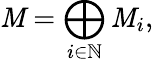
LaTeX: \mathit{M}=\bigoplus_{i\in\mathbb{{N}}}\mathit{M}_{i},